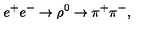
e ^ { + } e ^ { - } \rightarrow \rho ^ { 0 } \rightarrow \pi ^ { + } \pi ^ { - } ,